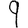
Digit: 9